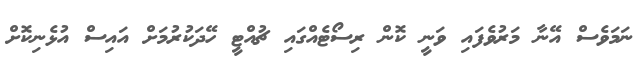
ނަމަވެސް އޭނާ މަރުވެފައި ވަނީ ކޮން ރިސޯޓެއްގައި ޗުއްޓީ ހޭދަކުރުމަށް އައިސް އުޅެނިކޮށް